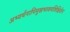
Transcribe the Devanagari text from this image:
अभ्यर्थनापिमुखभावमशिक्षितेन